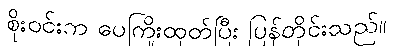
စိုးဝင်းက ပေကြိုးထုတ်ပြီး ပြန်တိုင်းသည်။